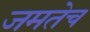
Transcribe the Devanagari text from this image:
जमतेच